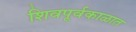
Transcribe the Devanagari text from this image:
शिवपूर्वकाळात